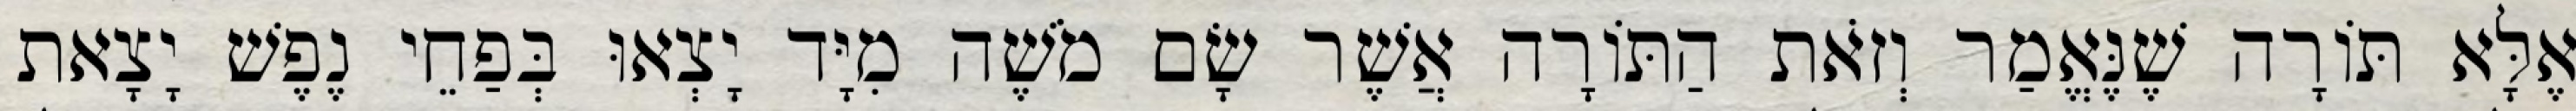
אֶלָּא תּוֹרָה שֶׁנֶּאֱמַר וְזֹאת הַתּוֹרָה אֲשֶׁר שָׂם מֹשֶׁה מִיָּד יָצְאוּ בְּפַחֵי נֶפֶשׁ יָצָאת